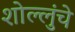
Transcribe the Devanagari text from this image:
शोल्लुंचे